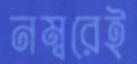
নম্বরেই